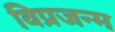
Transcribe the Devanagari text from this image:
विप्रजन्म